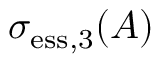
\sigma _ { \mathrm { e s s } , 3 } ( A )